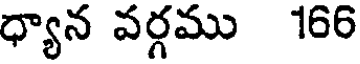
ధ్యాన వర్గము 166